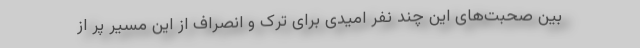
بین صحبت‌های این چند نفر امیدی برای ترک و انصراف از این مسیر پر از